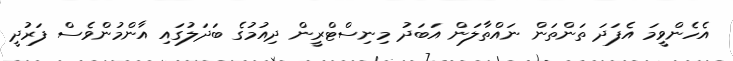
އެހެންވީމަ އެފަދަ ތަންތަން ނައްތާލަން އަބަދު މިނިސްޓްރީން ދިއުމުގެ ބަދަލުގައި އާންމުންވެސް ފަރުދީ